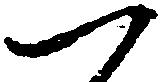
つ